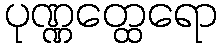
ပုဏ္ဏတ္ထေရော